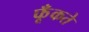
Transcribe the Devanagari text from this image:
फूँकते